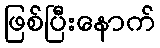
ဖြစ်ပြီးနောက်